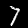
Label: 7